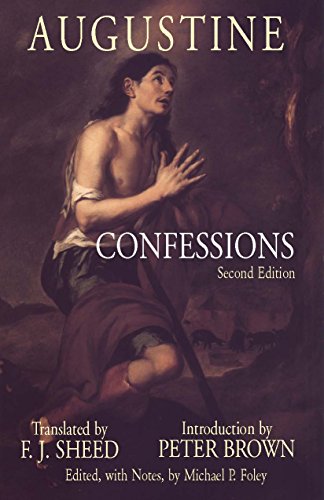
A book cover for Confessions; Saint Augustine; Biographies & Memoirs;